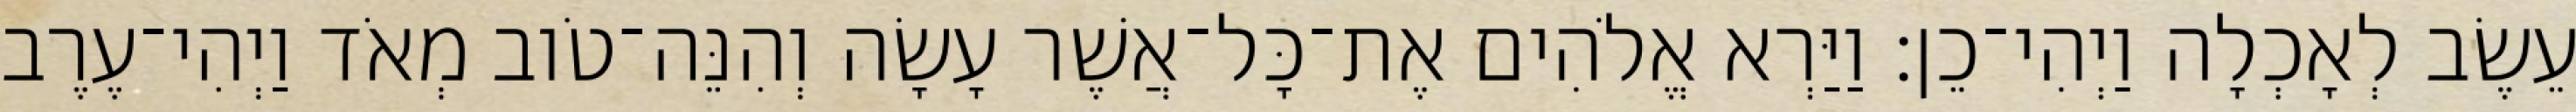
עֵשֶׂב לְאָכְלָה וַיְהִי־כֵן׃ וַיַּרְא אֱלֹהִים אֶת־כָּל־אֲשֶׁר עָשָׂה וְהִנֵּה־טֹוב מְאֹד וַיְהִי־עֶרֶב